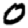
Digit: 0